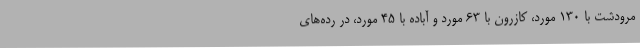
مرودشت با 130 مورد، کازرون با 63 مورد و آباده با 45 مورد، در رده‌های